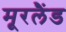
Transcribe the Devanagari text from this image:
मूरलैंड